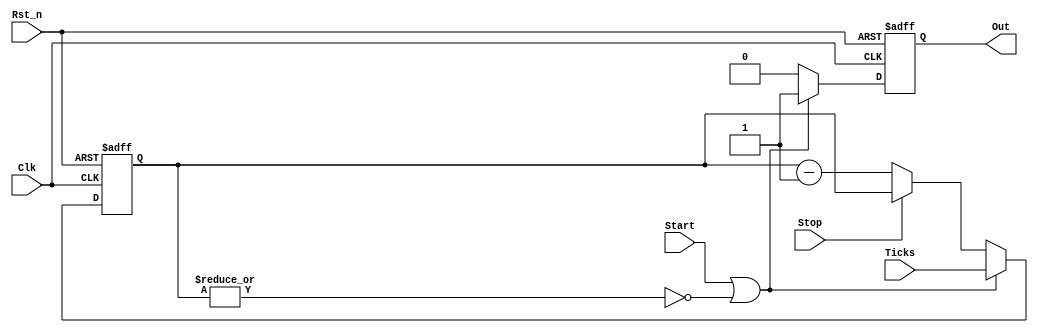
module i2c_bit_timer #(parameter SIZE = 8)
(
    input Clk, Rst_n, Start, Stop,
    input [SIZE-1:0] Ticks,
    output reg Out
);

reg [SIZE-1:0] cnt;

// Lgica de comptador
always @(posedge Clk or negedge Rst_n) begin

    // Reset
    if (!Rst_n)                 cnt <= {SIZE{1'b0}};

    else 
        if (Start || ~|cnt)     cnt <= Ticks; // Renici forat o auto-reinici
        else if (Stop)          cnt <= cnt;   // Parada
        else                    cnt <= cnt - 1'b1; // Compta cap avall
end

// Lgica de sortida
always @(posedge Clk or negedge Rst_n) begin

    // Reset
    if (!Rst_n)                 Out <= 1'b0;

    else
        if (Start || ~|cnt)     Out <= 1'b1; // Reinici forat o auto-reinici
        else                    Out <= 1'b0;
end
    
endmodule